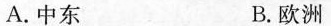
A.中东 B.欧洲